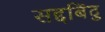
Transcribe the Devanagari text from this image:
सद्दबिंदु